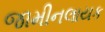
જામીનલાયક